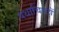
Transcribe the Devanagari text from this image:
पथाचिरटों